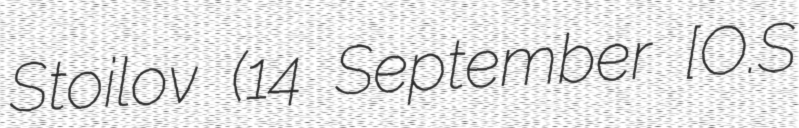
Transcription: Stoilov (14 September [O.S